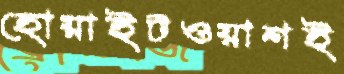
হোয়াইটওয়াশই